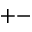
+ -